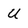
Character: U